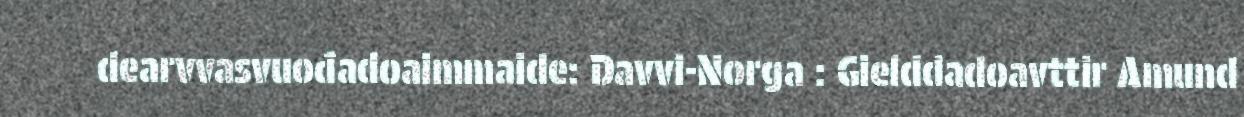
dearvvasvuođadoaimmaide: Davvi-Norga : Gielddadoavttir Amund